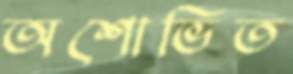
অশোভিত